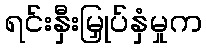
ရင်းနှီးမြှုပ်နှံမှုက